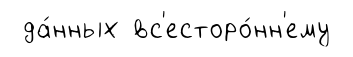
да́нных вс'есторо́нн'ему